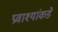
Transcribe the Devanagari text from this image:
प्रवाश्यांकडे